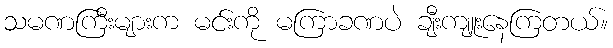
သမဏကြီးများက မင်းကို မကြာခဏပဲ ချီးကျူးနေကြတယ်။